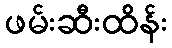
ဖမ်းဆီးထိန်း